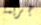
جريمة